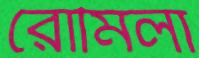
রোমিলা